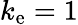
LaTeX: k_{\mathrm{e}}=1